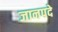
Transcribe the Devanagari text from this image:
जानपदे